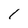
Character: 1